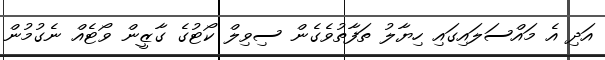
އަދި އެ މައްސަލައިގައި ހިޔާލު ތަފާތުވެގެން ސިވިލް ކޯޓުގެ ގާޒީން ވޯޓެއް ނެގުމުން